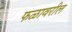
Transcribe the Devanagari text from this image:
फळावरील